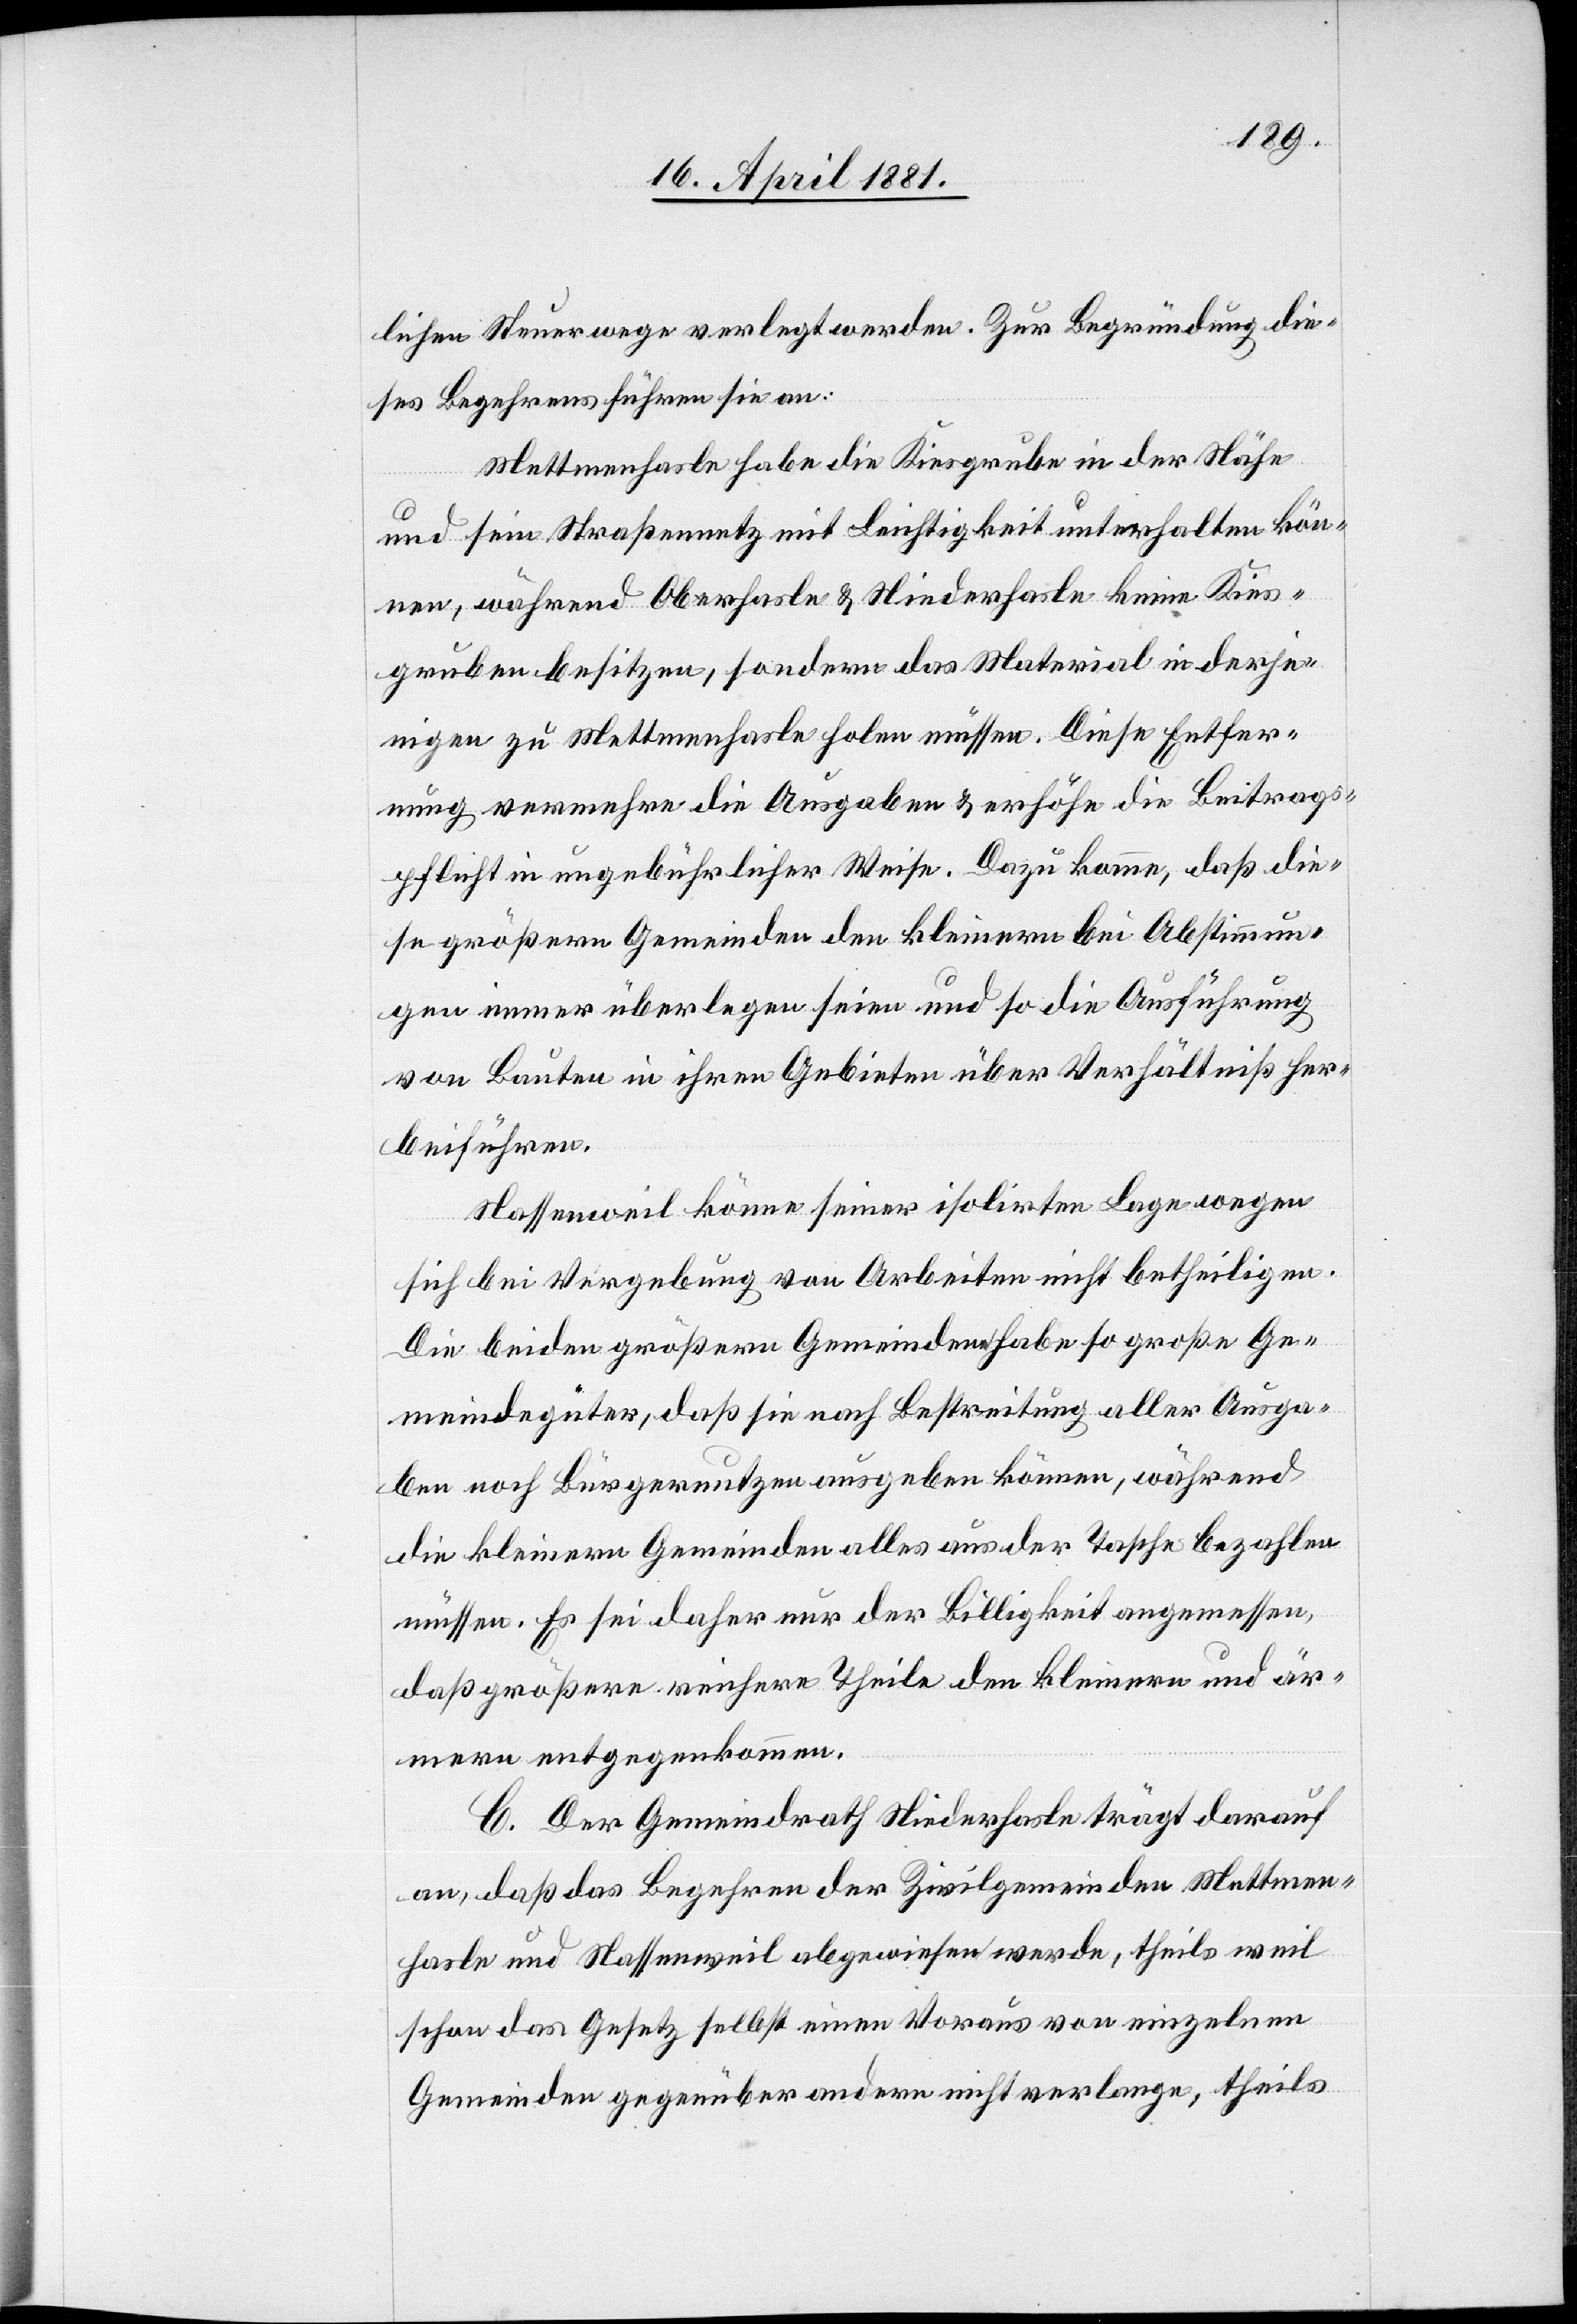
lichen Steuerwege verlegt werden. Zur Begründung die¬
ses Begehrens führen sie an:
Mettmenhasle habe die Kiesgrube in der Nähe
und sein Straßennetz mit Leichtigkeit unterhalten kön¬
nen, während Oberhasle & Niederhasle keine Kies¬
gruben besitzen, sondern das Material in derjen¬
igen zu Mettmenhasle holen müssen. Diese Entfer¬
nung vermehre die Ausgaben & erhöhe die Beitrags¬
pflicht in ungebührlicher Weise. Dazu komme, daß die¬
se größern Gemeinden den kleinern bei Abstimmun¬
gen immer überlegen seien und so die Ausführung
von Bauten in ihren Gebieten über Verhältniß her¬
beiführen.
Nassenweil könne seiner isolirten Lage wegen
sich bei Vergebung von Arbeiten nicht betheiligen.
Die beiden größern Gemeinden haben so große Ge¬
meindegüter, daß sie nach Bestreitung aller Ausga¬
ben noch Bürgernutzen ausgeben können, während
die kleinern Gemeinden alles aus der Tasche bezahlen
müssen. Es sei daher nur der Billigkeit angemessen,
daß größere – reichere Theile den kleinern und är¬
mern entgegenkommen.
C. Der Gemeindrath Niederhasle trägt darauf
an, daß das Begehren der Zivilgemeinden Mettmen¬
hasle und Nassenweil abgewiesen werde, theils weil
schon das Gesetz selbst einen Voraus von einzelnen
Gemeinden gegenüber andern nicht verlange, theils